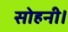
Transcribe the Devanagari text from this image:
सोहनी।